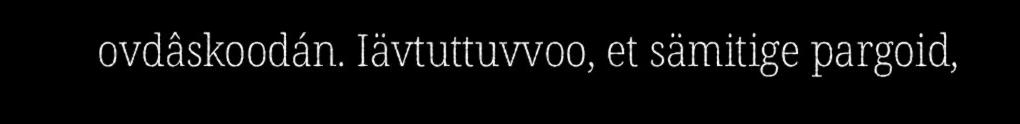
ovdâskoodán. Iävtuttuvvoo, et sämitige pargoid,